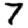
Digit: 7